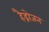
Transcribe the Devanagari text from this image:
हैड्रोजन